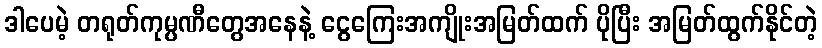
ဒါပေမဲ့ တရုတ်ကုမ္ပဏီတွေအနေနဲ့ ငွေကြေးအကျိုးအမြတ်ထက် ပိုပြီး အမြတ်ထွက်နိုင်တဲ့